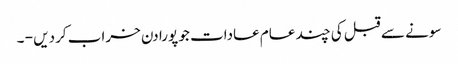
سونے سے قبل کی چند عام عادات جو پورا دن خراب کردیں - ۔